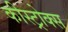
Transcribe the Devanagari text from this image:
कीस्ट्रोक्स